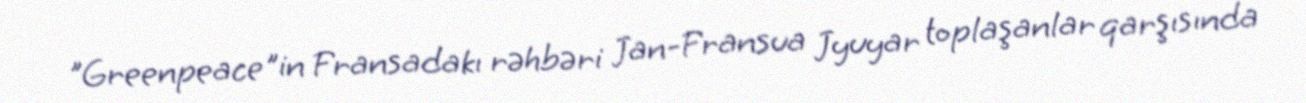
"Greenpeace"in Fransadakı rəhbəri Jan-Fransua Jyuyar toplaşanlar qarşısında